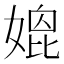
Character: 𡠌